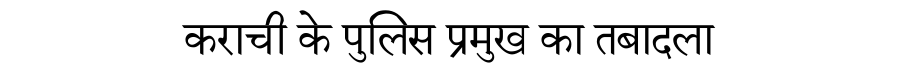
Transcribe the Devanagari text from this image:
कराची के पुलिस प्रमुख का तबादला